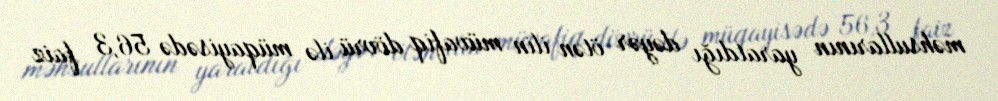
məhsullarının yaratdığı dəyər ötən ilin müvafiq dövrü ilə müqayisədə 56,3 faiz